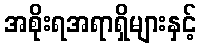
အစိုးရအရာရှိများနှင့်